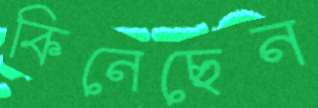
কিনেছেন